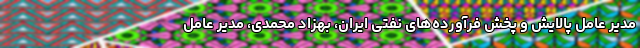
مدیر عامل پالایش و پخش فرآورده‌های نفتی ایران، بهزاد محمدی، مدیر عامل